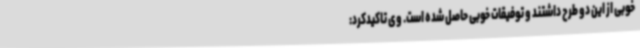
خوبی از این دو طرح داشتند و توفیقات خوبی حاصل شده است. وی تاکیدکرد: